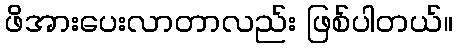
ဖိအားပေးလာတာလည်း ဖြစ်ပါတယ်။